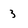
Character: 3